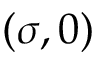
( \sigma , 0 )